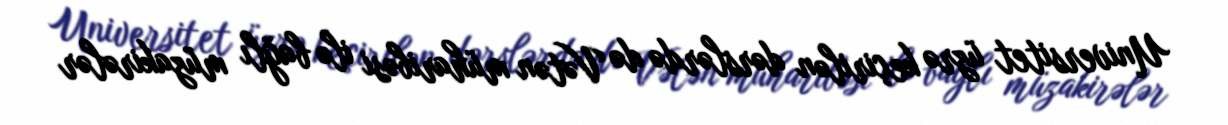
Universitet üzrə keçirilən dərslərdə də Vətən müharibəsi ilə bağlı müzakirələr